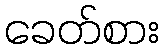
ခေတ်စား